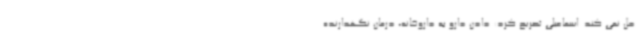
حل نمی کند. اسماعیلی تصریح کرد: دادن دارو به داروخانه، درمان نگهدارنده